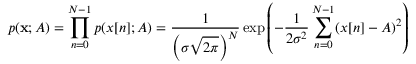
p ( \mathbf { x } ; A ) = \prod _ { n = 0 } ^ { N - 1 } p ( x [ n ] ; A ) = { \frac { 1 } { \left( \sigma { \sqrt { 2 \pi } } \right) ^ { N } } } \exp \left( - { \frac { 1 } { 2 \sigma ^ { 2 } } } \sum _ { n = 0 } ^ { N - 1 } ( x [ n ] - A ) ^ { 2 } \right)